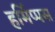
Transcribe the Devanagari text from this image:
हर्मिप्पस